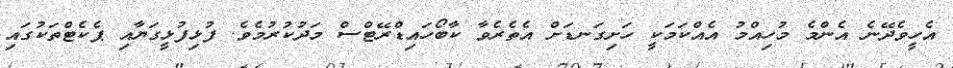
އެހީވެދޭނެ އެންމެ މުހިއްމު އެއްކަމަކީ ހަށިގަނޑަށް އެތެރެވާ ކާބޯހައިޑްރޭޓްސް މަދުކުރުމެވެ. ފުޅިފުޅީގަޔާއި ޕެކެޓްތަކުގައި